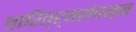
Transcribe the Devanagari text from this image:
चारित्र्यसंपन्न